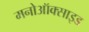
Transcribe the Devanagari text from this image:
मनोऑक्‍साइड